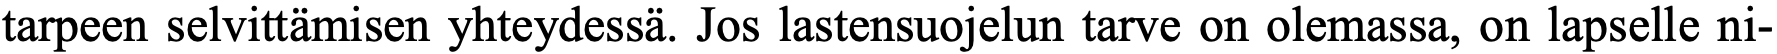
tarpeen selvittämisen yhteydessä. Jos lastensuojelun tarve on olemassa, on lapselle ni-